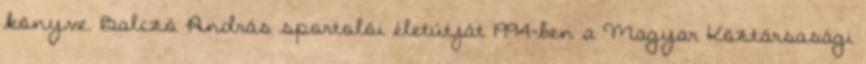
könyve. Balczó András sportolói életútját 1994-ben a Magyar Köztársasági